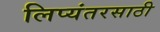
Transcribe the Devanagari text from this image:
लिप्यंतरसाठी